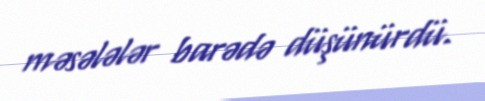
məsələlər barədə düşünürdü.